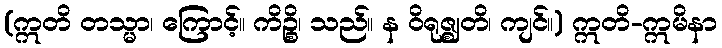
(ဣတိ တသ္မာ၊ ကြောင့်။ ကိဉ္စိ၊ သည်။ န ဝိရုဇ္ဈတိ၊ ကျင်။) ဣတိ-ဣမိနာ